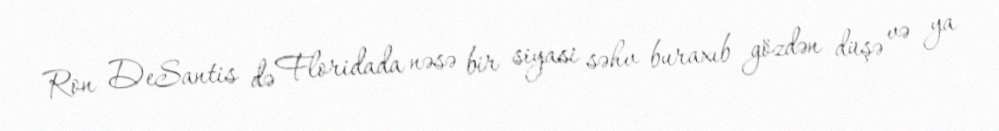
Ron DeSantis də Floridada nəsə bir siyasi səhv buraxıb gözdən düşə və ya